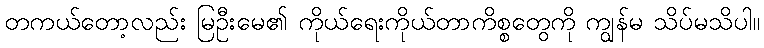
တကယ်တော့လည်း မြဦးမေ၏ ကိုယ်ရေးကိုယ်တာကိစ္စတွေကို ကျွန်မ သိပ်မသိပါ။